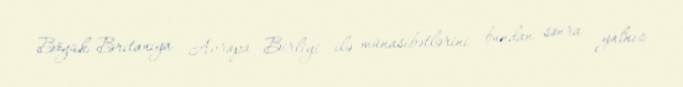
Böyük Britaniya Avropa Birliyi ilə münasibətlərini bundan sonra yalnız